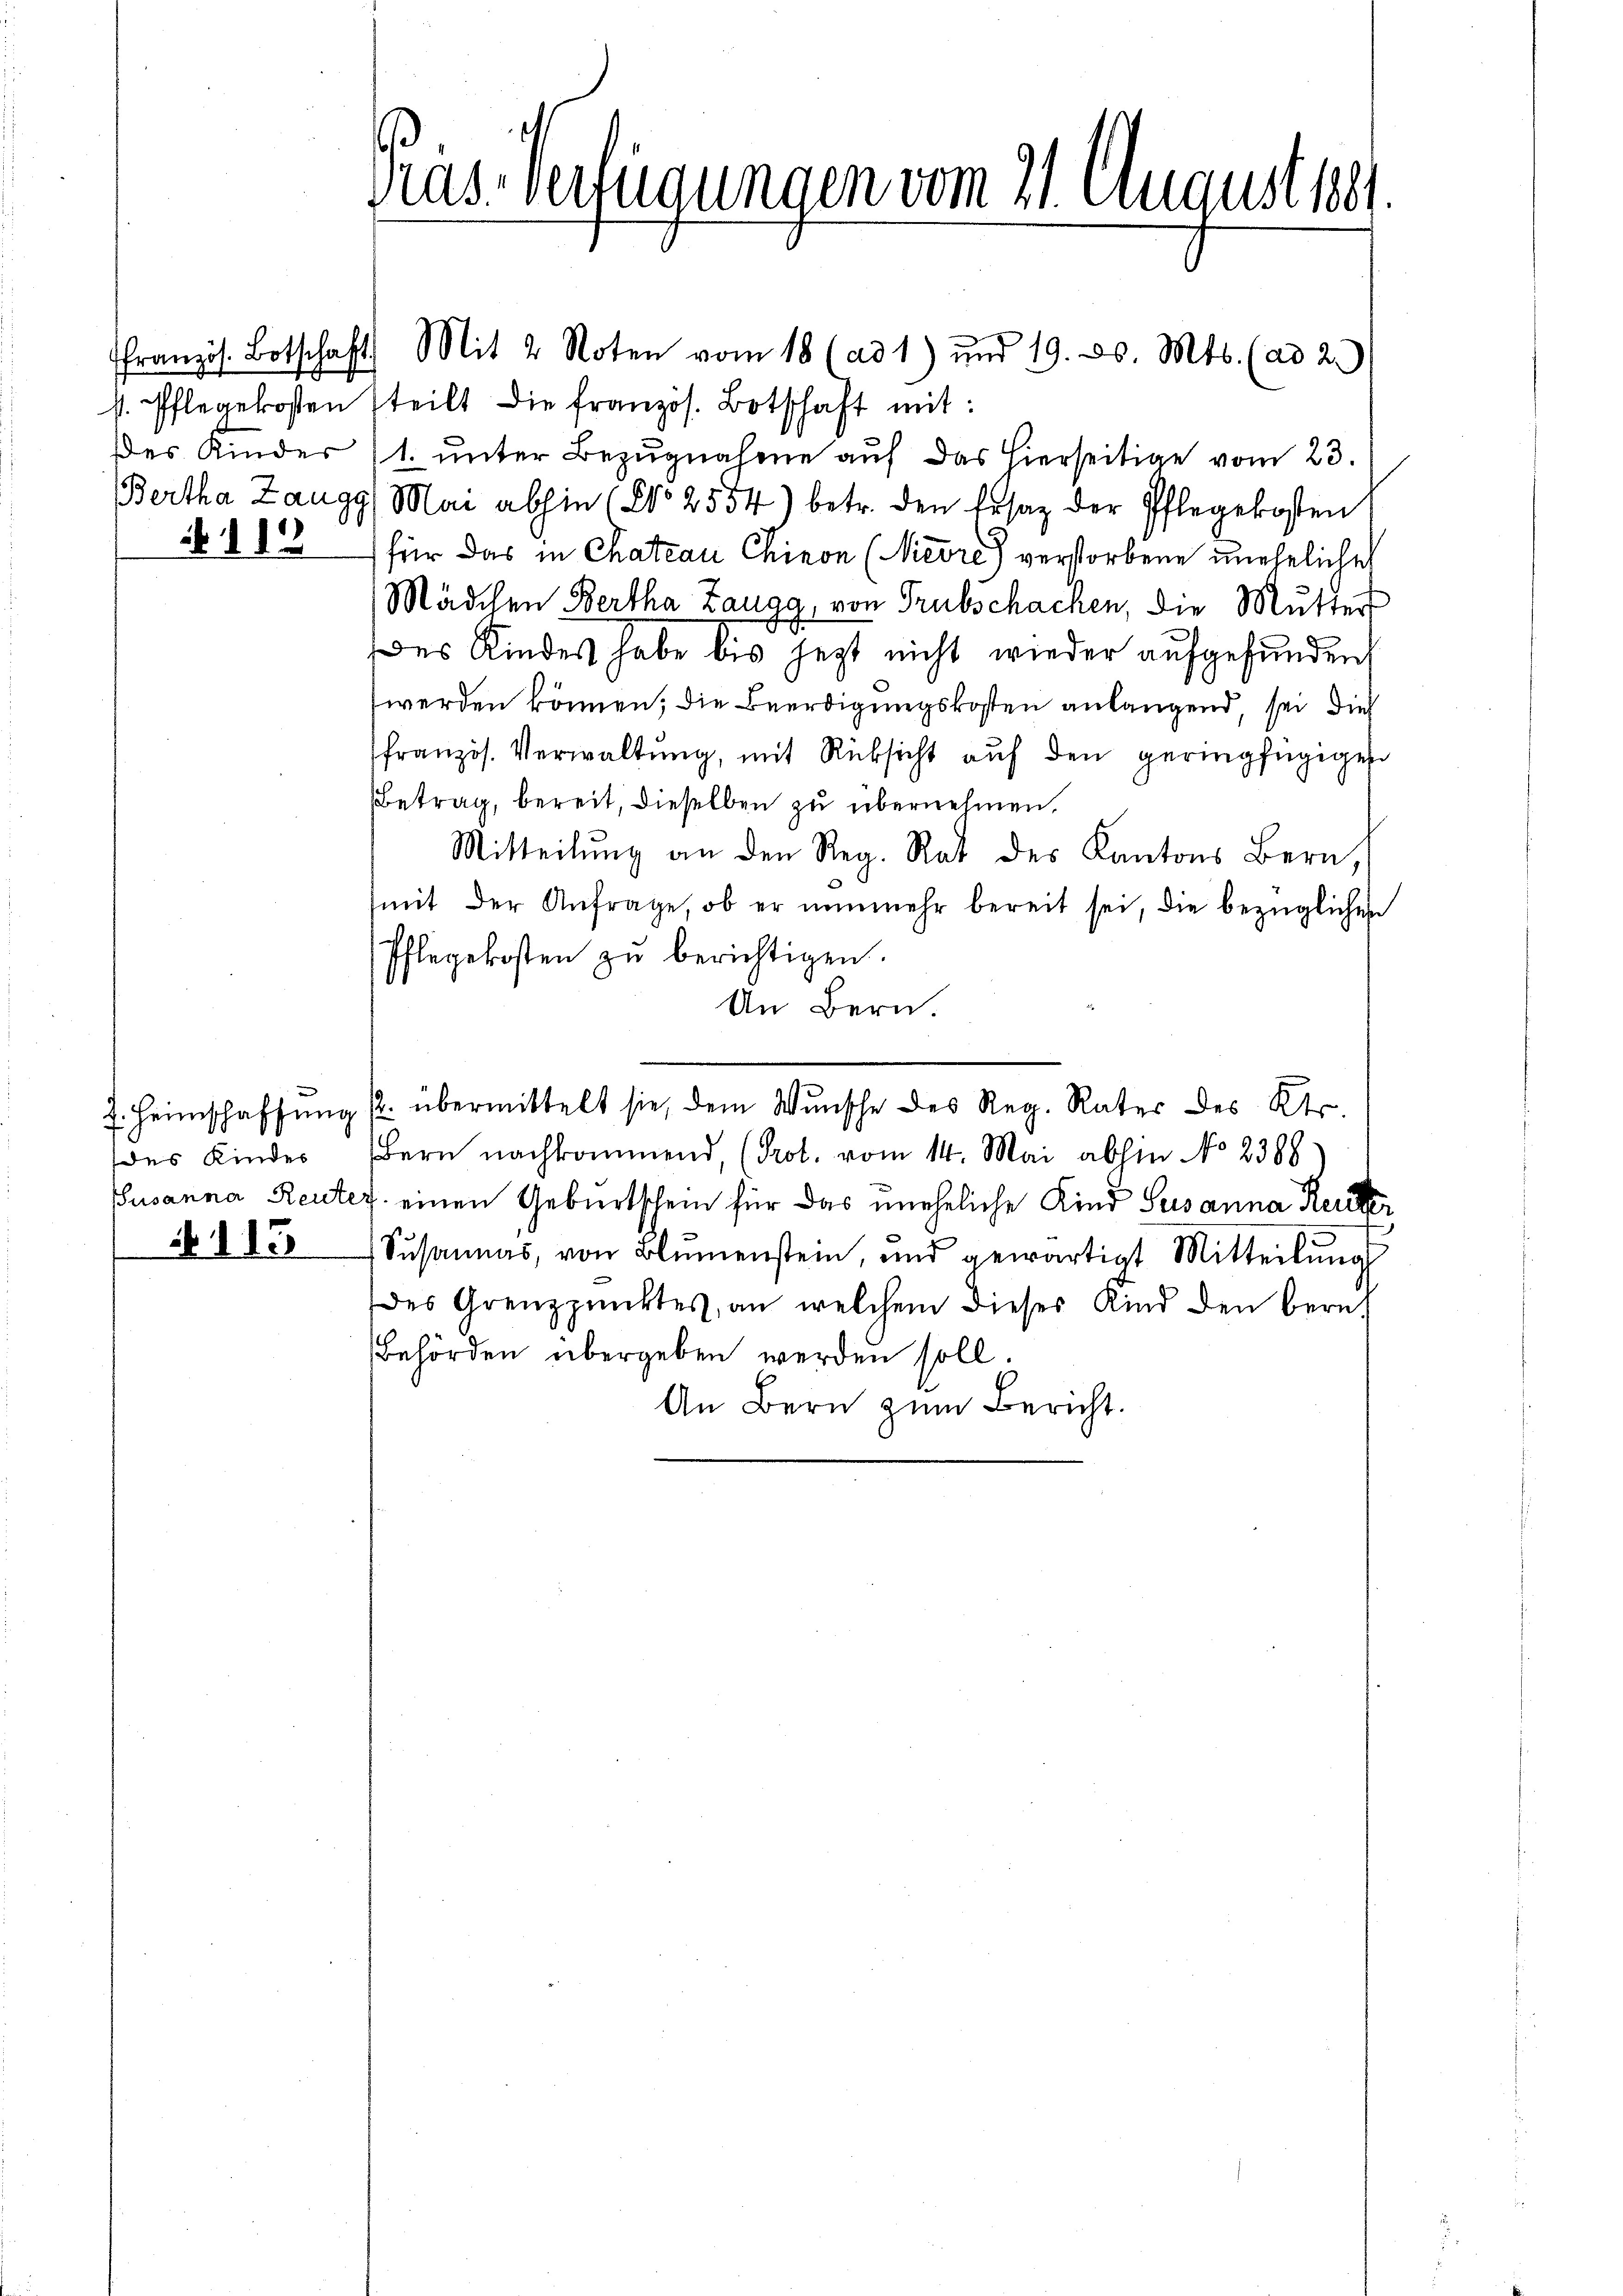
112

7. Heimschaffung
des Kinder
Susanna Reute

N. 115

Gras Verfügungen vom 21. August 1881

französ. Botschaft Mit 2 Noten vom 18 (ad 1) und 19. ds. Mts. (ad 2.)
s. Pflegekosten steilt die französ. Botschaft mit:
des Kinder (1. ŭnter Bezŭgnahme aŭf das hierseitige vom 23.
Bertha Zaugg, Mai abhin (No 2554) betr. den Ersatz der Pflegekosten
für das in Chateau Chiron (Nicere) verstorbene uneheliche
Mädchen Bertha Zaugg, von Trubschachen, die Mutter
Des Kindes habe bis jezt nicht wieder aufgefunden
werden können; die Beerdigungskosten anlangend, sei dies
französ. Verwaltung, mit Rücksicht auf den geringfügigen
Betrag, bereit, dieselben zu übernehmen.
Mitteilŭng an den Reg. Rat des Kantons Bern,
(mit der Anfrage, ob er nŭnmehr bereit sei, die bezüglichen
Pflegekosten zŭ berichtigen.
An Bern.
. übermittelt sie, dem Wunsche des Reg. Rates des Kts.
Bern nachkommend, (Prot. vom 14. Mai abhin No 2388
J. einen Geburtschein für das uneheliche Kind Susanna Reute
Susannes, von Blŭmenstein, und gewärtigt Mitteilŭng
des Grenzpunktes, an welchem dieses Kind den Bern,
Behörden übergeben werden soll.
An Bern zum Bericht.